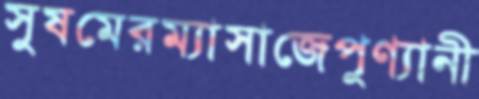
সুষমেরম্যাসাজেপুণ্যানী